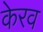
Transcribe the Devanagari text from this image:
केरव